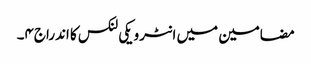
مضامین میں انٹرویکی لنکس کا اندراج۴۔